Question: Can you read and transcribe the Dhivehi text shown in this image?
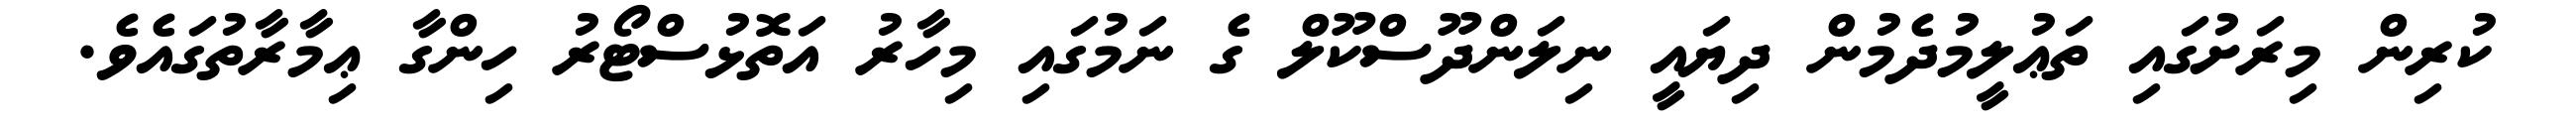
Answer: ކުރިން މިރަށުގައި ތަޢުލީމުދެމުން ދިޔައީ ނިލަންދޫސްކޫލް ގެ ނަމުގައި މިހާރު އަތޮޅުސްޓޯރު ހިންގާ ޢިމާރާތުގައެވެ.